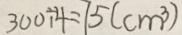
3 0 0 \div 4 = 7 5 ( c m ^ { 3 } )